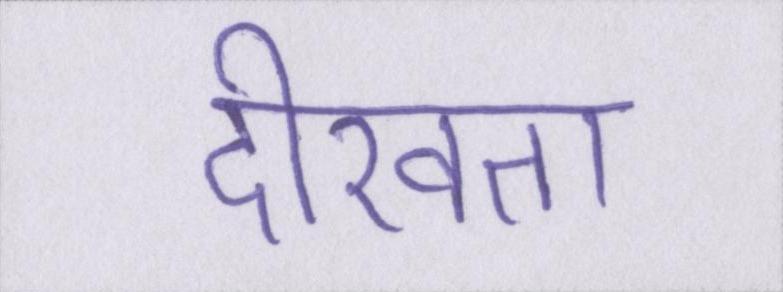
दीखता